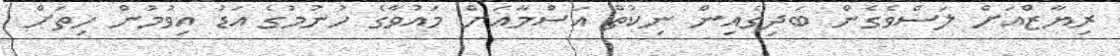
ރިޔާޒްއަށް ލަސްވެގެން ބަދިގެއިން ނިކުތް އަސްމާއަށް މައުވާގެ ހުނުމުގެ އަޑު އިވުމުން ހިތަށް